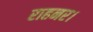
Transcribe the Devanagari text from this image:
राहनर।